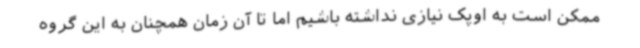
ممکن است به اوپک نیازی نداشته باشیم اما تا آن زمان همچنان به این گروه